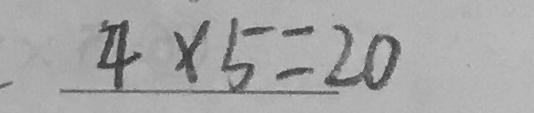
. 4 \times 5 = 2 0